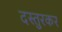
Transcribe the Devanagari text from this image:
दस्तुरकर